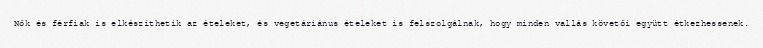
Nők és férfiak is elkészíthetik az ételeket, és vegetáriánus ételeket is felszolgálnak, hogy minden vallás követői együtt étkezhessenek.